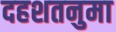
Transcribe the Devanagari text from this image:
दहशतनुमा